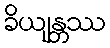
ခိယျန္တဿ